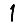
Digit: 1